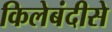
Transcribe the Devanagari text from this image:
किलेबंदीसे